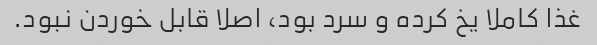
غذا کاملا یخ کرده و سرد بود، اصلا قابل خوردن نبود.